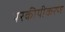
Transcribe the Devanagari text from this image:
परकीयीकरण